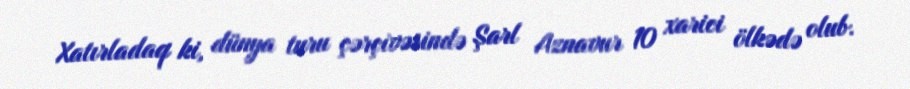
Xatırladaq ki, dünya turu çərçivəsində Şarl Aznavur 10 xarici ölkədə olub.